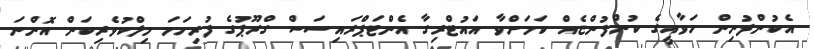
އެކުންފުނިން ހަވާއީގެ ކުންފުންޏެއް ކަމަށްވާ އައުޓްރިގާ އެންޓަޕްރައިސަސް ގްރޫޕުގެ ފުރިހަމަ މިލްކުވެރިކަން އޮންނަ